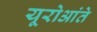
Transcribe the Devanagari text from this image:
यूरोआंते